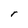
Character: r